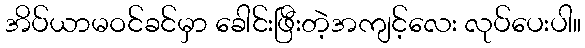
အိပ်ယာမဝင်ခင်မှာ ခေါင်းဖြီးတဲ့အကျင့်လေး လုပ်ပေးပါ။